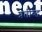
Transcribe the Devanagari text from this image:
प्रतीब्द्ध